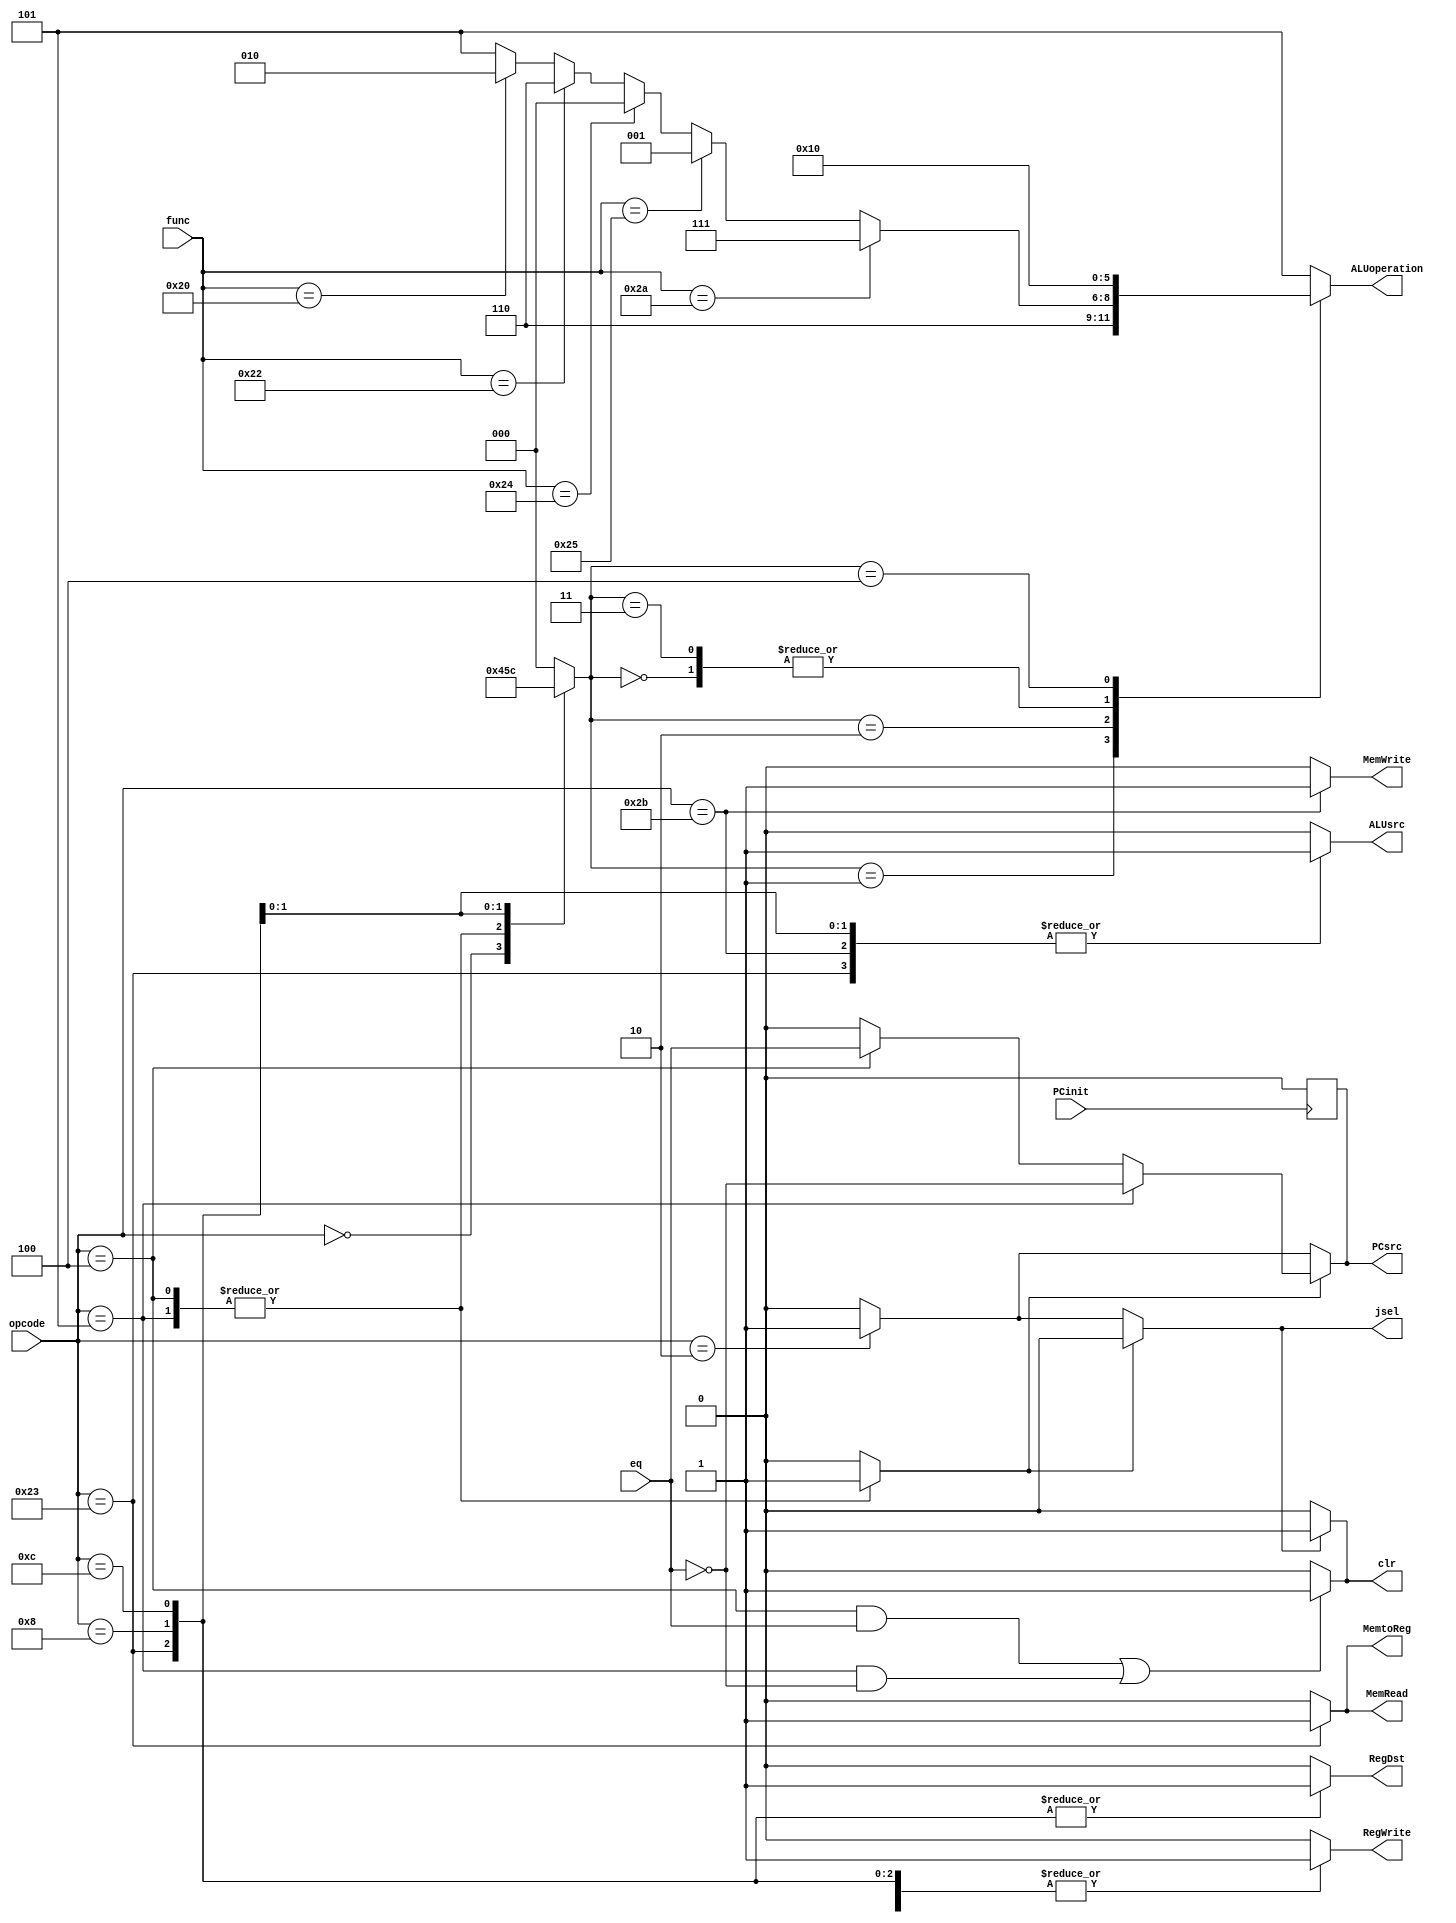
module controller(input [5:0]opcode,func,input PCinit,eq,output reg RegDst,ALUsrc,MemWrite,MemRead,MemtoReg,RegWrite,jsel,PCsrc,clr,output reg[2:0]ALUoperation);
  reg [2:0]ALUop;
  reg Branch;
  always @(opcode)begin
    {RegDst,RegWrite,ALUsrc,MemtoReg,MemWrite,MemRead,Branch}=7'b00000000;
    ALUop = 3'b000;
    case (opcode)
      6'b000000 :begin
        {ALUsrc,RegDst,MemWrite,MemRead,MemtoReg,RegWrite,Branch}=7'b0000010;
        ALUop = 3'b010;
      end
      6'b100011:begin
        {ALUsrc,RegDst,MemWrite,MemRead,MemtoReg,RegWrite,Branch}=7'b1101110;
        ALUop = 3'b000;
      end
      6'b101011:begin
       {ALUsrc,MemWrite,MemRead,RegWrite,Branch}=5'b11000;
        ALUop = 3'b000;
      end
      6'b000010 :begin
        Branch =1'b0;
      end
      6'b000100 :begin
        {ALUsrc,MemWrite,MemRead,RegWrite,Branch}=5'b00001;
        ALUop = 3'b001;
      end
      6'b000101 :begin
        {ALUsrc,MemWrite,MemRead,RegWrite,Branch}=5'b00001;
        ALUop = 3'b001;
      end
      6'b001000 :begin
       {ALUsrc,RegDst,MemWrite,MemRead,MemtoReg,RegWrite,Branch}=7'b1100010;
        ALUop = 3'b011;
      end
      6'b001100 :begin
       {ALUsrc,RegDst,MemWrite,MemRead,MemtoReg,RegWrite,Branch}=7'b1100010;
        ALUop = 3'b100;
      end
    endcase
  end
  always@(ALUop,func)begin
    ALUoperation = 3'b101;
    case (ALUop)
      3'b000 :begin
        ALUoperation = 3'b010;
      end
      3'b001 :begin
        ALUoperation = 3'b110;
      end
      3'b010 :begin
        if(func == 6'b100000) ALUoperation = 3'b010;
        if(func == 6'b100010) ALUoperation = 3'b110;
        if(func == 6'b100100) ALUoperation = 3'b000;
        if(func == 6'b100101) ALUoperation = 3'b001;
        if(func == 6'b101010) ALUoperation = 3'b111;
      end 
      3'b011 :begin
        ALUoperation = 3'b010;
      end
      3'b100 :begin
        ALUoperation = 3'b000;
      end 
    endcase
  end
  always@(Branch,opcode,eq)begin
    PCsrc = 1'b0;
    jsel = 1'b0;
    if(Branch == 1'b0)begin
      if(opcode == 6'b000010)begin
        jsel = 1'b1;
        PCsrc = 1'b1;
      end
    end
    else begin
      if(opcode == 6'b000100)PCsrc = eq;
      if(opcode == 6'b000101)PCsrc = ~eq;
    end
  end
  always@(posedge PCinit)begin
    PCsrc = 1'b0;
  end
  always@(eq)begin
    clr = (opcode == 6'b000100 && eq) || (opcode == 6'b000101 && ~eq)? 1 : 0;
  end
  always@(jsel)begin
    clr = 1'b0;
    if(jsel) clr = 1'b1;
  end
endmodule